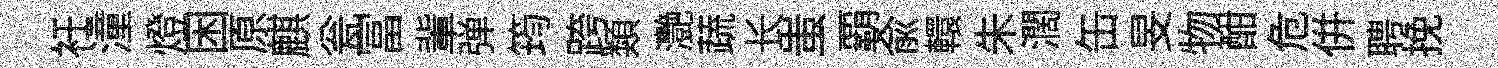
衽潼燈困原麒瓮冨軰弹筠跨類灧蔬长蚩覇俞轘朱濶缶旻物酣危併聘挽